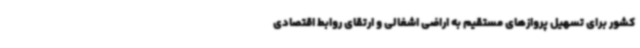
کشور برای تسهیل پروازهای مستقیم به اراضی اشغالی و ارتقای روابط اقتصادی